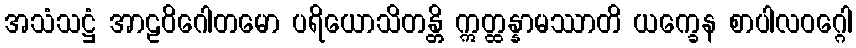
အသံသဋ္ဌံ အာဠဝိဂေါတမော ပရိယောသိတန္တိ ဣတ္ထန္နာမဿာတိ ယက္ခေန စာပါလဝဂ္ဂေါ